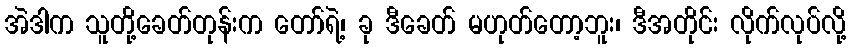
အဲဒါက သူတို့ခေတ်တုန်းက တော်ရဲ့၊ ခု ဒီခေတ် မဟုတ်တော့ဘူး၊ ဒီအတိုင်း လိုက်လုပ်လို့